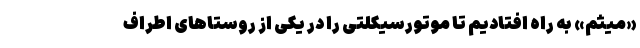
«میثم» به راه افتادیم تا موتورسیکلتی را در یکی از روستا‌های اطراف